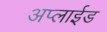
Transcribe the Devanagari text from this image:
अप्‍लाईड